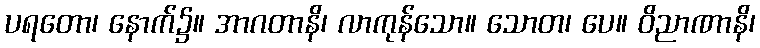
ပရတော၊ နောက်၌။ အာဂတာနိ၊ လာကုန်သော။ သောတ၊ ပေ။ ဝိညာဏာနိ၊